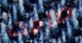
صامت